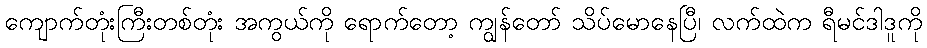
ကျောက်တုံးကြီးတစ်တုံး အကွယ်ကို ရောက်တော့ ကျွန်တော် သိပ်မောနေပြီ၊ လက်ထဲက ရီမင်ဒါဒူကို